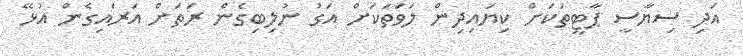
އަދި ސިޔާސީ ޕާޓީތަކަށް ކިޔައިދިން ލަވަތަކަށް އަގު ނުލިބިގެން ރަތަށް އަރައިގެން އުޅޭ